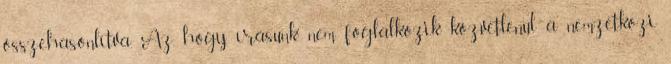
összehasonlítva. Az, hogy írásunk nem foglalkozik közvetlenül a nemzetközi